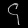
Digit: ၄